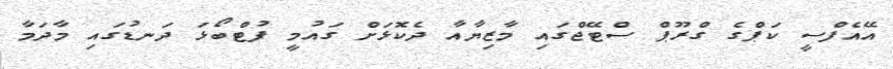
އޭއެފްސީ ކަޕްގެ ގްރޫޕް ސްޓޭޖްގައި މާޒިޔާއާ ދެކޮޅަށް ގައުމީ ފުޓްބޯޅަ ދަނޑުގައި މާދަމާ